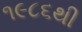
૧૯૮૬થી